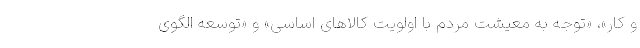
و کار»، «توجه به معیشت مردم با اولویت کالاهای اساسی» و «توسعه الگوی